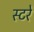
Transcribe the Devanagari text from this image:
स्टरे